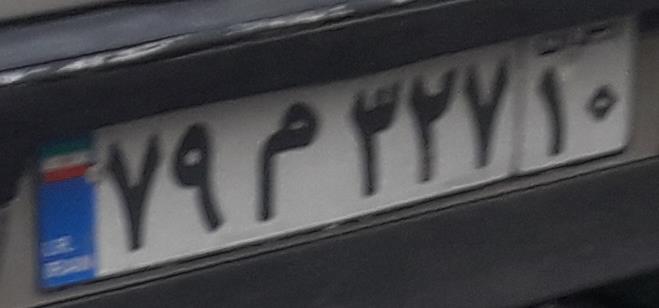
۷۹م۳۲۷۱۰